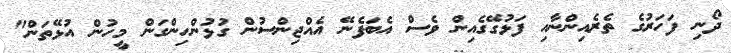
ދޯނި ފަހަރުގެ ތެރެއިންނާއި ފަޅުގޭގެއިން ވެސް އެބަފެނޭ އެއްޖިންސުން ގުޅުންހިންގަން މީހުން އުޅޭތަން"